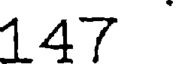
147